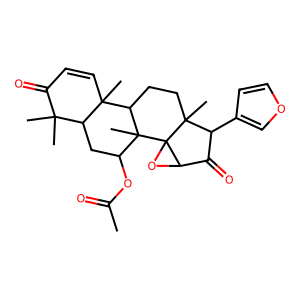
SMILES: CC(=O)OC1CC2C(C)(C)C(=O)C=CC2(C)C2CCC3(C)C(c4ccoc4)C(=O)C4OC43C12C
Inhibits HIV replication: No